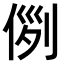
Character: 𠊖